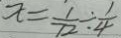
x = \frac { 1 } { 7 2 } \div \frac { 1 } { 4 }